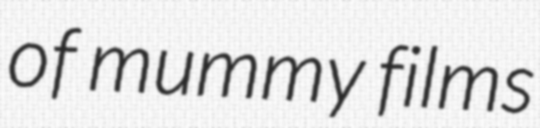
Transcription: of mummy films